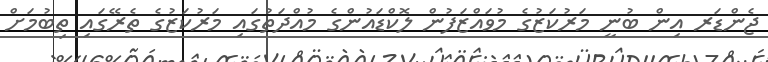
ޖެންޑަރ އިން ބުނީ މަރުކަޒުގެ މުވައްޒަފުން ލޮކްޑައުންގެ މުއްދަތުގައި މަރުކަޒުގެ ތެރޭގައި ތިބުމަށް